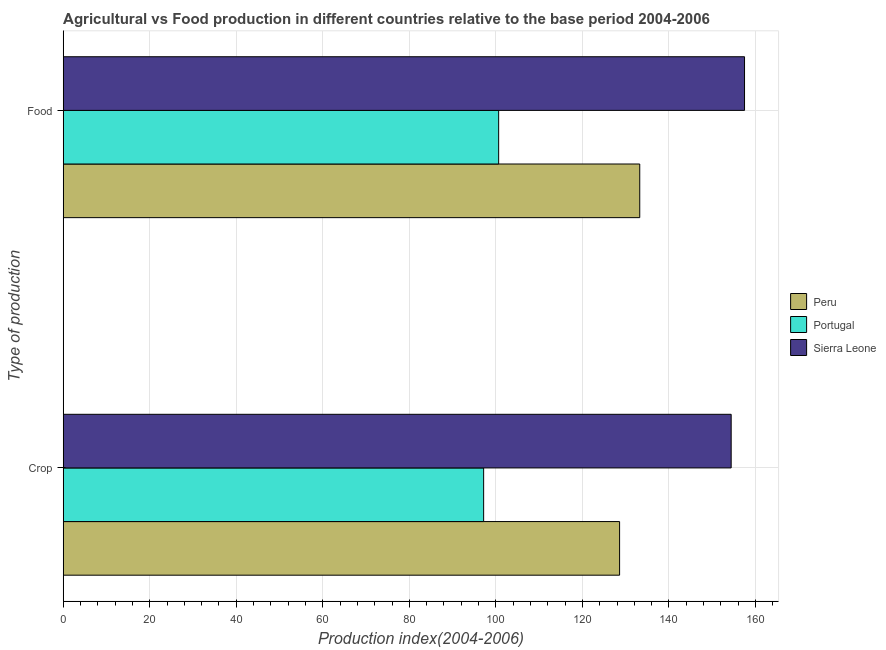
| Type of production | Peru | Portugal | Sierra Leone |
 | --- | --- | --- | --- |
 | Crop | 129 | 97.2 | 154 |
 | Food | 133 | 101 | 157 |